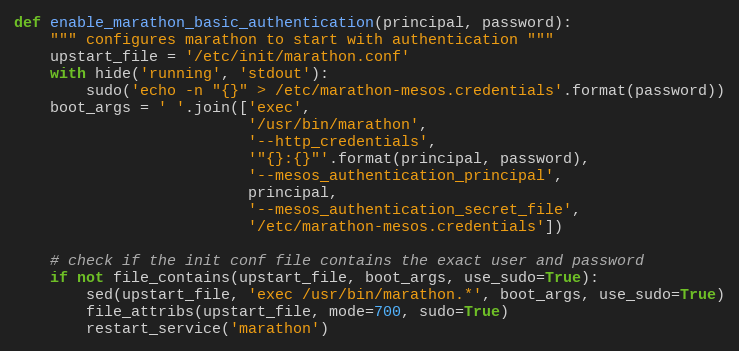
Language: Python
def enable_marathon_basic_authentication(principal, password):
    """ configures marathon to start with authentication """
    upstart_file = '/etc/init/marathon.conf'
    with hide('running', 'stdout'):
        sudo('echo -n "{}" > /etc/marathon-mesos.credentials'.format(password))
    boot_args = ' '.join(['exec',
                          '/usr/bin/marathon',
                          '--http_credentials',
                          '"{}:{}"'.format(principal, password),
                          '--mesos_authentication_principal',
                          principal,
                          '--mesos_authentication_secret_file',
                          '/etc/marathon-mesos.credentials'])

    # check if the init conf file contains the exact user and password
    if not file_contains(upstart_file, boot_args, use_sudo=True):
        sed(upstart_file, 'exec /usr/bin/marathon.*', boot_args, use_sudo=True)
        file_attribs(upstart_file, mode=700, sudo=True)
        restart_service('marathon')